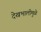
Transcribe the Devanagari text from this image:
देखभालीमुळे